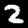
Label: 2